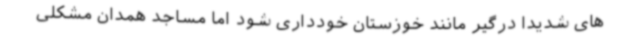
های شدیداً درگیر مانند خوزستان خودداری شود اما مساجد همدان مشکلی